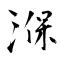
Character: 湺